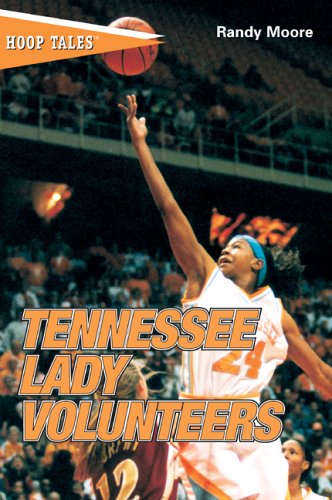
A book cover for Hoop Tales: Tennessee Lady Volunteers (Hoop Tales Series); Randy Moore; Sports & Outdoors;